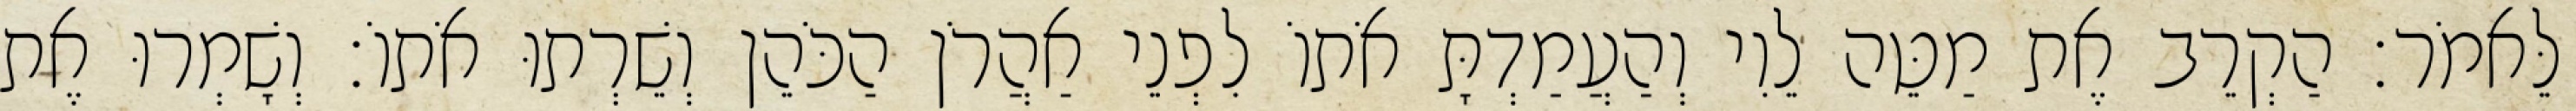
לֵּאמֹר׃ הַקְרֵב אֶת מַטֵּה לֵוִי וְהַעֲמַדְתָּ אֹתוֹ לִפְנֵי אַהֲרֹן הַכֹּהֵן וְשֵׁרְתוּ אֹתוֹ׃ וְשָׁמְרוּ אֶת